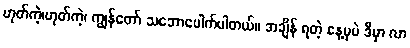
ဟုတ်ကဲ့၊ဟုတ်ကဲ့၊ ကျွန်တော် သဘောပေါက်ပါတယ်။ အချိန် ရတဲ့ နေ့မှပဲ ဒီမှာ လာ